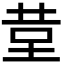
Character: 𮎹